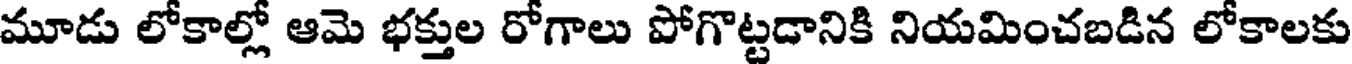
మూడు లోకాల్లో ఆమె భక్తుల రోగాలు పోగొట్టడానికి నియమించబడిన లోకాలకు